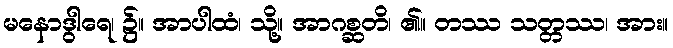
မနောဒွါရေ၊ ၌။ အာပါထံ၊ သို့။ အာဂစ္ဆတိ၊ ၏။ တဿ သတ္တဿ၊ အား။